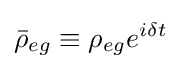
{\bar {\rho }}_{eg}\equiv \rho _{eg}e^{i\delta t}